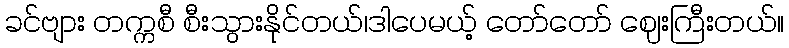
ခင်ဗျား တက္ကစီ စီးသွားနိုင်တယ်၊ဒါပေမယ့် တော်တော် ဈေးကြီးတယ်။